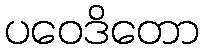
ပဝေဒိတော